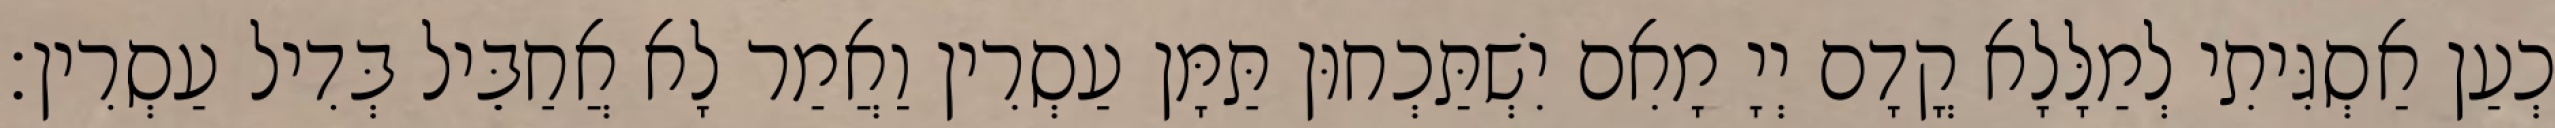
כְעַן אַסְגִּיתִי לְמַלָּלָא קֳדָם יְיָ מָאִם יִשְׁתַּכְחוּן תַּמָּן עַסְרִין וַאֲמַר לָא אֲחַבֵּיל בְּדִיל עַסְרִין׃